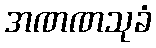
အဏဏသုခံ